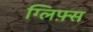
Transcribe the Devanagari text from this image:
ग्लिफ़्स